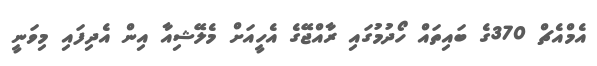
އެމްއެޗް 370ގެ ބައިތައް ހޯދުމުގައި ރާއްޖޭގެ އެހީއަށް މެލޭޝިއާ އިން އެދިފައި މިވަނީ